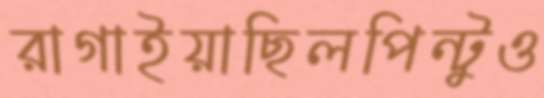
রাগাইয়াছিলপিন্টুও